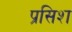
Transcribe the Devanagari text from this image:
प्रसिश